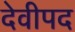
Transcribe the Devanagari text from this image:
देवीपद